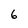
Character: 6